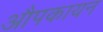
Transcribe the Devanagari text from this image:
औपकायन